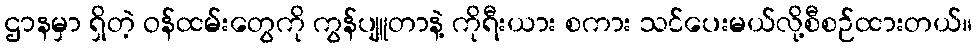
ဌာနမှာ ရှိတဲ့ ဝန်ထမ်းတွေကို ကွန်ပျူတာနဲ့ ကိုရီးယား စကား သင်ပေးမယ်လို့စီစဉ်ထားတယ်။